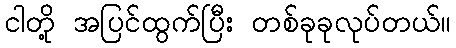
ငါတို့ အပြင်ထွက်ပြီး တစ်ခုခုလုပ်တယ်။